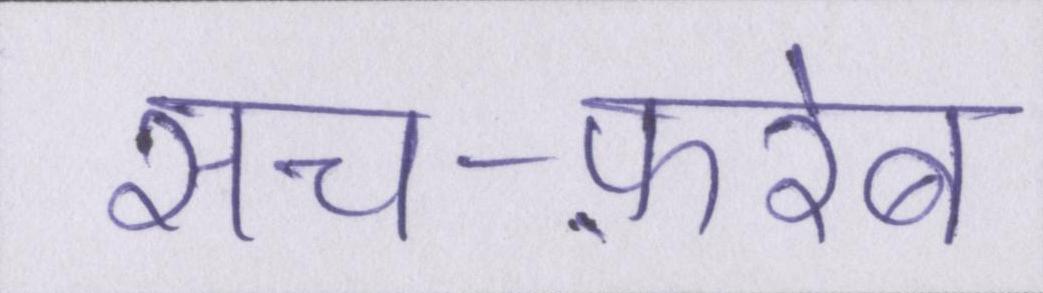
सच-फ़रेब